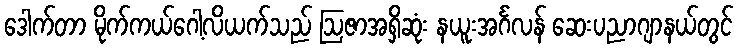
ဒေါက်တာ မိုက်ကယ်ဂေါ့လိယက်သည် ဩဇာအရှိဆုံး နယူးအင်္ဂလန် ဆေးပညာဂျာနယ်တွင်